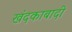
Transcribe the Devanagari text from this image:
खंदकाबादी